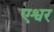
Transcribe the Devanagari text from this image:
एश्वर